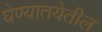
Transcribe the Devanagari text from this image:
घेण्यातयेतील